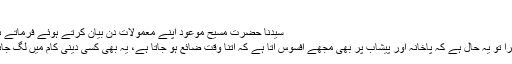
‘‘
سیدنا حضرت مسیح موعودؑ اپنے معمولاتِ دن بیان کرتے ہوئے فرماتے ہیں:
’’میرا تو یہ حال ہے کہ پاخانہ اور پیشاب پر بھی مجھے افسوس آتا ہے کہ اتنا وقت ضائع ہو جاتا ہے، یہ بھی کسی دینی کام میں لگ جائے۔